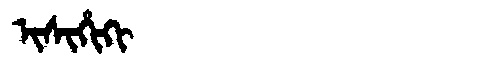
Manchu: ᡳᠰᡳᡥᡳᡴᡳ
Romanization: ISIHIKI